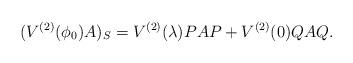
LaTeX: \begin{align*}(V^{(2)}(\phi_{0})A)_{S}=V^{(2)}(\lambda) PAP+V^{(2)}(0)QAQ.\end{align*}